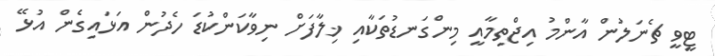
ޓީވީ ޗެނަލުން އާންމު އިޖްތިމާއީ މިންގަނޑުތަކާއި ޚިލާފަށް ނިވާކަންކުޑަ ހެދުން އަޅައިގެން އުޅޭ